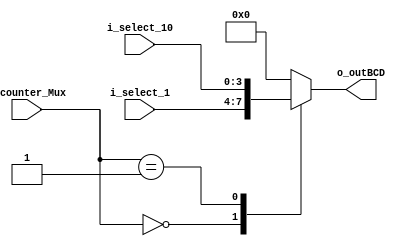
module Mux_2x1_01234(
    input [3:0] i_select_1,i_select_10,

    input [1:0] i_counter_Mux,
    output [3:0] o_outBCD
    );

    reg [3:0] r_outBCD;
    assign o_outBCD = r_outBCD;

    always @(*) begin
        case(i_counter_Mux)
            2'b00 : r_outBCD <= i_select_1;
            2'b01 : r_outBCD <= i_select_10;
            default : r_outBCD <= 4'b0000;
        endcase
    end
endmodule